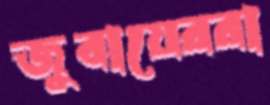
জুবায়েররা